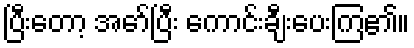
ပြီးတော့ အော်ပြီး ကောင်းချီးပေးကြ၏။